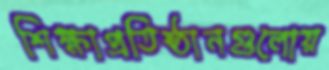
শিক্ষাপ্রতিষ্ঠানগুলোয়